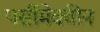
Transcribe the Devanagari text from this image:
पर्सीमेक्वीन